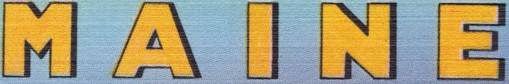
MAINE